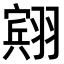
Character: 𫅭